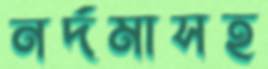
নর্দমাসহ